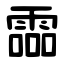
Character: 霝